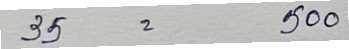
35 = 500